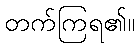
တက်ကြရ၏။